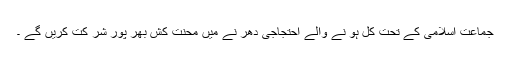
جماعت اسلامی کے تحت کل ہو نے والے احتجاجی دھر نے میں محنت کش بھر پور شر کت کریں گے ۔